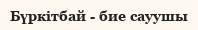
Бүркітбай - бие сауушы